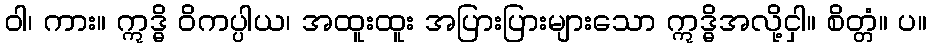
ဝါ၊ ကား။ ဣဒ္ဓိ ဝိကပ္ပါယ၊ အထူးထူး အပြားပြားများသော ဣဒ္ဓိအလို့ငှါ။ စိတ္တံ။ ပ။